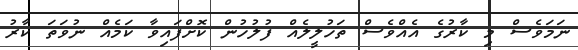
ނަމަވެސް މި ކާރުގެ އެއްވެސް ތަހުލީލެއް ފުލުހުން ކޮށްފައިވާ ކަމެއް ނުވަތަ ކާރު